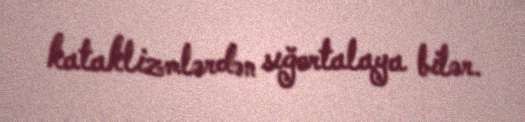
kataklizmlərdən sığortalaya bilər.